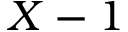
X - 1